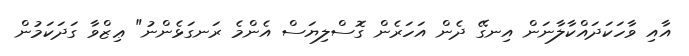
އާއި ވާހަކަދައްކާލާނަން އިނގޭ ދެން އަހަރެން ގޮސްލިޔަސް އެންމެ ރަނގަޅެންނު" ޢިޒްވާ ގަދަކަމުން